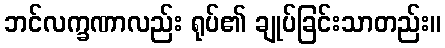
ဘင်လက္ခဏာလည်း ရုပ်၏ ချုပ်ခြင်းသာတည်း။